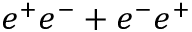
e ^ { + } e ^ { - } + e ^ { - } e ^ { + }